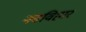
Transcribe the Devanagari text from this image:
नवविहार